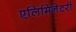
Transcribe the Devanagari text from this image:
एलिमिनेटरी